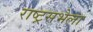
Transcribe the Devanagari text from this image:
राष्ट्रसभेला